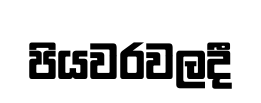
පියවරවලදී